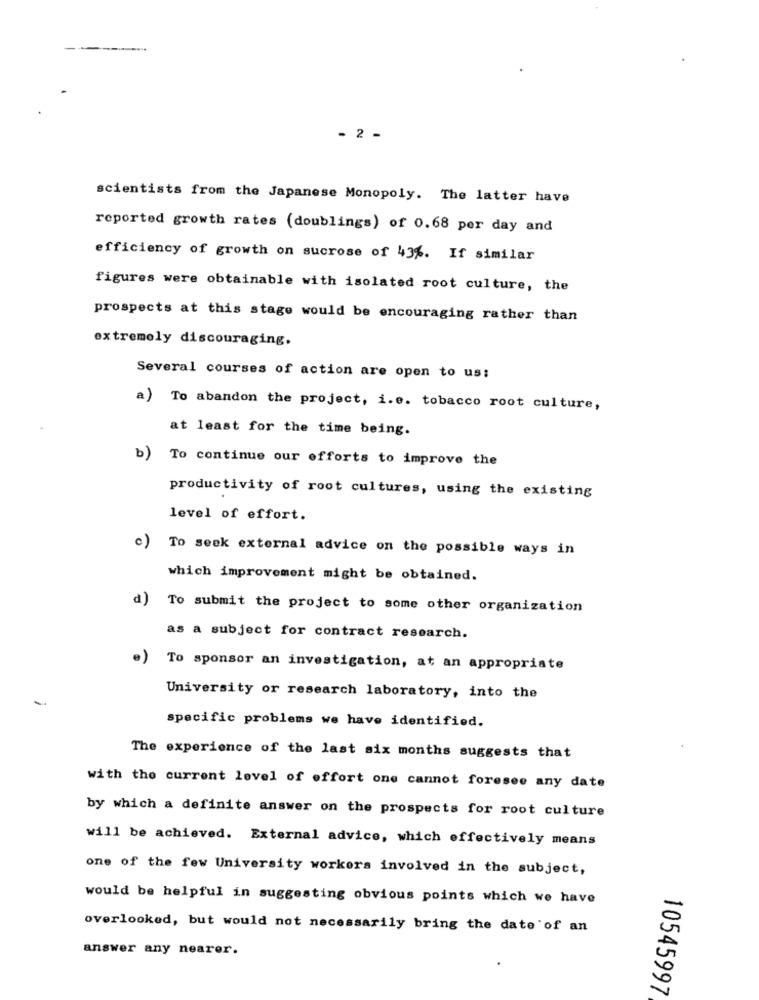
- 2 -
scientists from the Japanese Monopoly. The latter have
reported growth rates (doublings) of 0.68 per day and
efficiency of growth on sucrose of 43%. If similar
figures were obtainable with isolated root culture, the
prospects at this stage would be encouraging rather than
extremely discouraging.
Several courses of action are open to us:
a) To abandon the project, i.e. tobacco root culture,
at least for the time being.
b)
To continue our efforts to improve the
productivity of root cultures, using the existing
level of effort.
c) To seek external advice on the possible ways in
which improvement might be obtained.
d)
To submit the project to some other organization
as a subject for contract research.
.)
To sponsor an investigation, at an appropriate
University or research laboratory, into the
specific problems we have identified.
The experience of the last six months suggests that
with the current level of effort one cannot foresee any date
by which a definite answer on the prospects for root culture
will be achieved. External advice, which effectively means
one of the few University workers involved in the subject,
would be helpful in suggesting obvious points which we have
overlooked, but would not necessarily bring the date of an
answer any nearer.
10545997